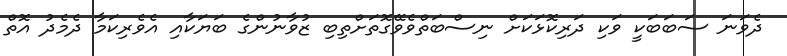
ދެވަނަ ސަބަބަކީ ވަކި ދަރިކޮޅަކަށް ނިސްބަތްވެވޭގޮތަށްތިބި ޒުވާނުންގެ ބަޔަކާއި އެވެރިކަމާ ދެމެދު އޮތް